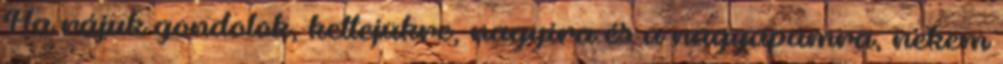
Ha rájuk gondolok, kettejükre, nagyira és a nagyapámra, nekem